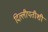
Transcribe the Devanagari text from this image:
दिल्लीपतीशी